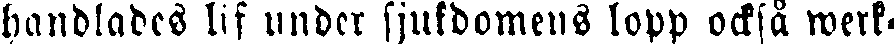
handlades lif under sjukdomens lopp också werk-